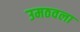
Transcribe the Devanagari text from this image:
उमठवला